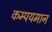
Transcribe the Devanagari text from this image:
कम्पयमान